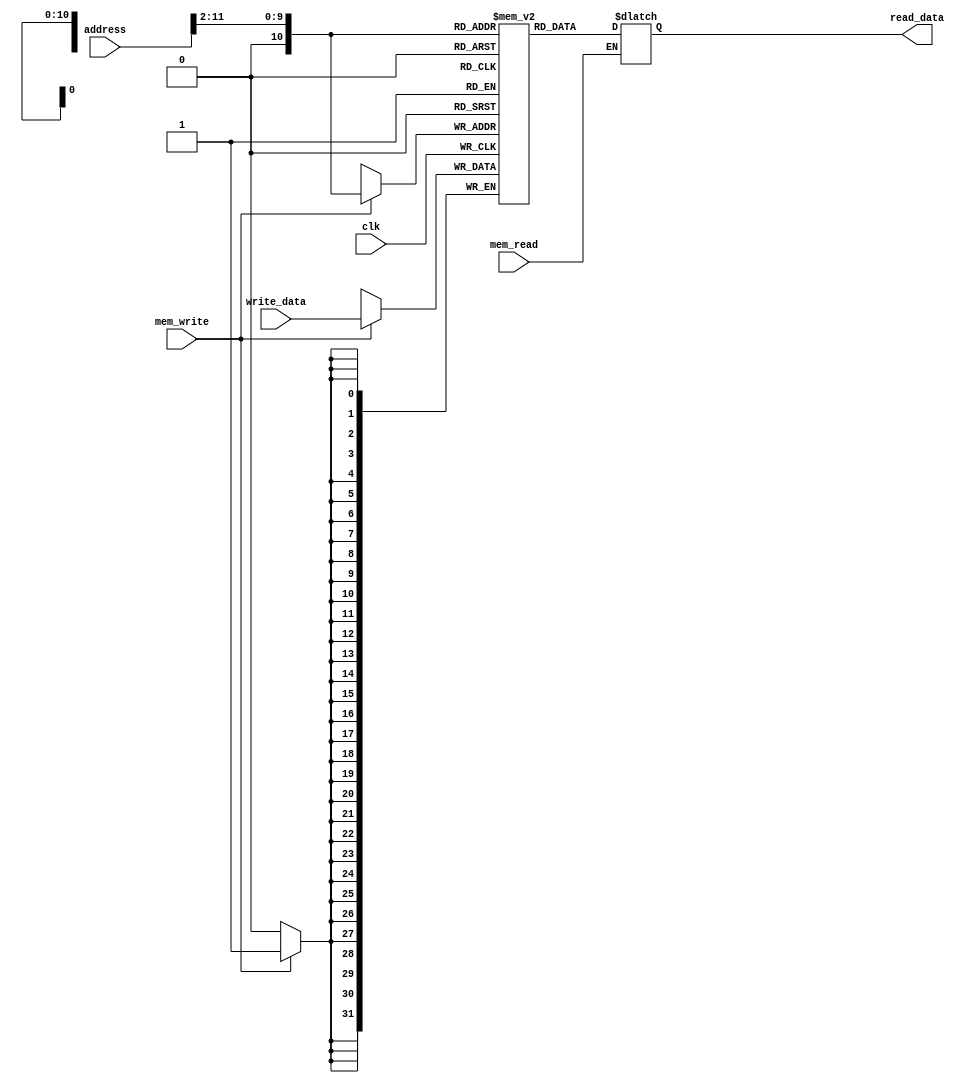
`timescale 1ns / 1ps
//////////////////////////////////////////////////////////////////////////////////
// Company: 
// Engineer: 
// 
// Design Name: 
// Module Name: data_memory
// Project Name: 
// Target Devices: 
// Tool Versions: 
// Description: 
// 
// Dependencies: 
// 
// Revision:
// Revision 0.01 - File Created
// Additional Comments:
// 
//////////////////////////////////////////////////////////////////////////////////


module data_memory(input clk,       
                   input mem_read,
                   input mem_write,
                   input [31:0] address,
                   input [31:0] write_data,
                   output reg [31:0] read_data
                   );
     reg [31:0] regs [0:1024];               
     wire [9:0] in_address = address[11:2];
     integer i;
     
    initial begin
        for (i = 0; i < 1024; i = i + 1)
        begin
            regs[i] = i;
        end
    end
    
    // mem_read is async
    always@(*) begin
        if(mem_read == 1) begin
            read_data = regs[in_address];
        end
    end
    
    // mem_write is sync
    always@(posedge clk) begin
        if (mem_write == 1) begin
            regs[in_address] = write_data;
        end
    end
                           
endmodule